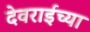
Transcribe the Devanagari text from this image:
देवराईच्या